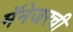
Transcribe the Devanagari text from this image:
मॅनेजरची